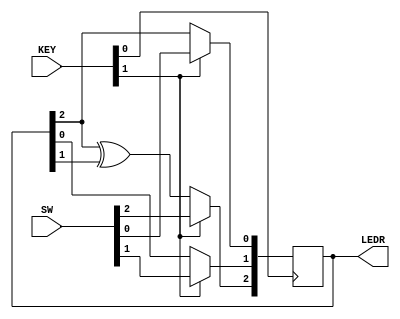
module top_module (
	input [2:0] SW,      // R
	input [1:0] KEY,     // L and clk
	output [2:0] LEDR);  // Q
    
    wire temp1, temp2, temp3;
    
    assign temp1 = KEY[1]?SW[0] : LEDR[2];
    assign temp2 = KEY[1]?SW[1] : LEDR[0];
    assign temp3 = KEY[1]?SW[2] : (LEDR[2] ^ LEDR[1]);

    always @ (posedge KEY[0])
        begin
            LEDR[0]  <= temp1;
            LEDR[1]  <= temp2;
            LEDR[2]  <= temp3;
        end

endmodule